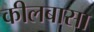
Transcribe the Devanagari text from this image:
कीलबासा